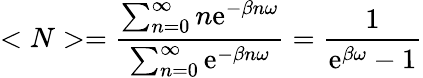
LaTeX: <N>={\frac{\sum_{n=0}^{\infty}n\mathrm{e}^{-\beta n\omega}}{\sum_{n=0}^{\infty}\mathrm{e}^{-\beta n\omega}}}={\frac{1}{\mathrm{e}^{\beta\omega}-1}}